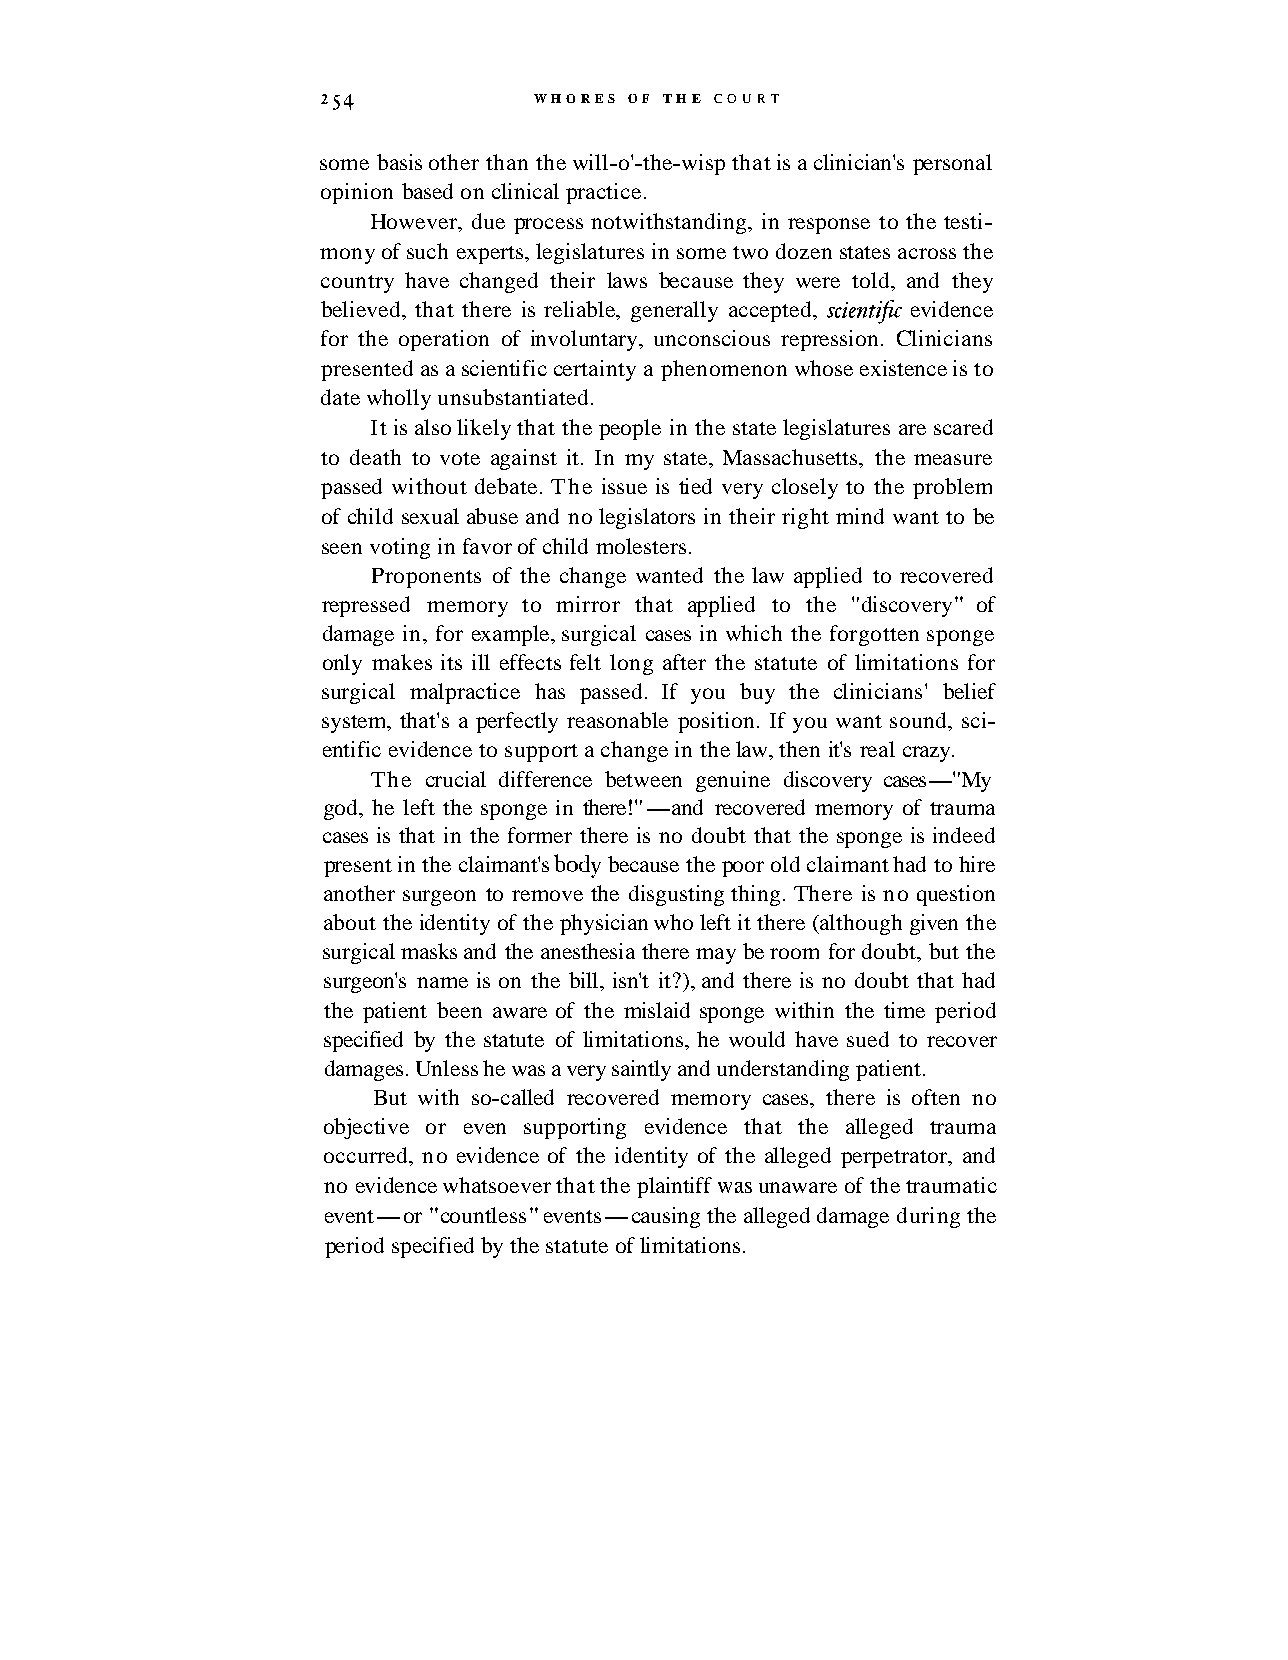
254           WHORES OF THE COURT
 some basis other than the will-o'-the-wisp that is a clinician's personal
 opinion based on clinical practice.
 However, due process notwithstanding, in response to the testi-
 mony of such experts, legislatures in some two dozen states across the
 country have changed their laws because they were told, and they
 believed, that there is reliable, generally accepted, scientzfic evidence
 for the operation of involuntary, unconscious repression. Clinicians
 presented as a scientific certainty a phenomenon whose existence is to
 date wholly unsubstantiated.
 It is also likely that the people in the state legislatures are scared
 to death to vote against it. In my state, Massachusetts, the measure
 passed without debate. The issue is tied very closely to the problem
 of child sexual abuse and no legislators in their right mind want to be
 seen voting in favor of child molesters.
 Proponents of the change wanted the law applied to recovered
 repressed memory to mirror that applied to the "discovery" of
 damage in, for example, surgical cases in which the forgotten sponge
 only makes its ill effects felt long after the statute of limitations for
 surgical malpractice has passed. If you buy the clinicians' belief
 system, that's a perfectly reasonable position. If you want sound, sci-
 entific evidence to support a change in the law, then it's real crazy.
 The crucial difference between genuine discovery cases-"My
 god, he left the sponge in there!"-and recovered memory of trauma
 cases is that in the former there is no doubt that the sponge is indeed
 present in the claimant's body because the poor old claimant had to hire
 another surgeon to remove the disgusting thing. There is no question
 about the identity of the physician who left it there (although given the
 surgical masks and the anesthesia there may be room for doubt, but the
 surgeon's name is on the bill, isn't it?), and there is no doubt that had
 the patient been aware of the mislaid sponge within the time period
 specified by the statute of limitations, he would have sued to recover
 damages. Unless he was a very saintly and understanding patient.
 But with so-called recovered memory cases, there is often no
 objective or even supporting evidence that the alleged trauma
 occurred, no evidence of the identity of the alleged perpetrator, and
 no evidence whatsoever that the plaintiff was unaware of the traumatic
 event-or "countless" events-causing the alleged damage during the
 period specified by the statute of limitations.